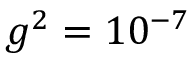
g ^ { 2 } = 1 0 ^ { - 7 }